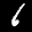
Label: 6